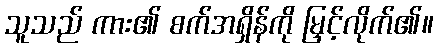
သူသည် ကား၏ စက်အရှိန်ကို မြှင့်လိုက်၏။